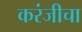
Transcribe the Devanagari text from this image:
करंजीचा